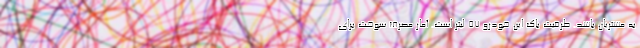
به مشتریان باشد. ظرفیت باک این خودرو 57 لیتر است. آمار مصرف سوخت برای